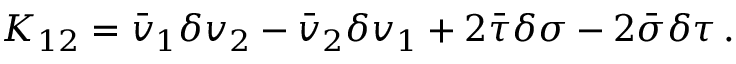
K _ { 1 2 } = \bar { v } _ { 1 } \delta v _ { 2 } - \bar { v } _ { 2 } \delta v _ { 1 } + 2 \bar { \tau } \delta \sigma - 2 \bar { \sigma } \delta \tau \, .